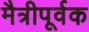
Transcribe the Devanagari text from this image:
मैत्रीपूर्वक